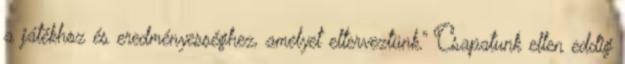
a játékhoz és eredményességhez, amelyet elterveztünk.” Csapatunk ellen eddig